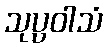
သုပ္ပဝါသံ